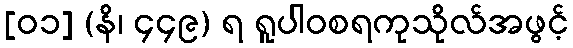
[၀၁] (နိ၊ ၄၄၉) ရ ရူပါဝစရကုသိုလ်အဖွင့်